Annual report of the Bengal Veterinary College and of the Civil Veterinary Department, Bengal, for the year 1912-1913 - 1912-1913
Year: 1912
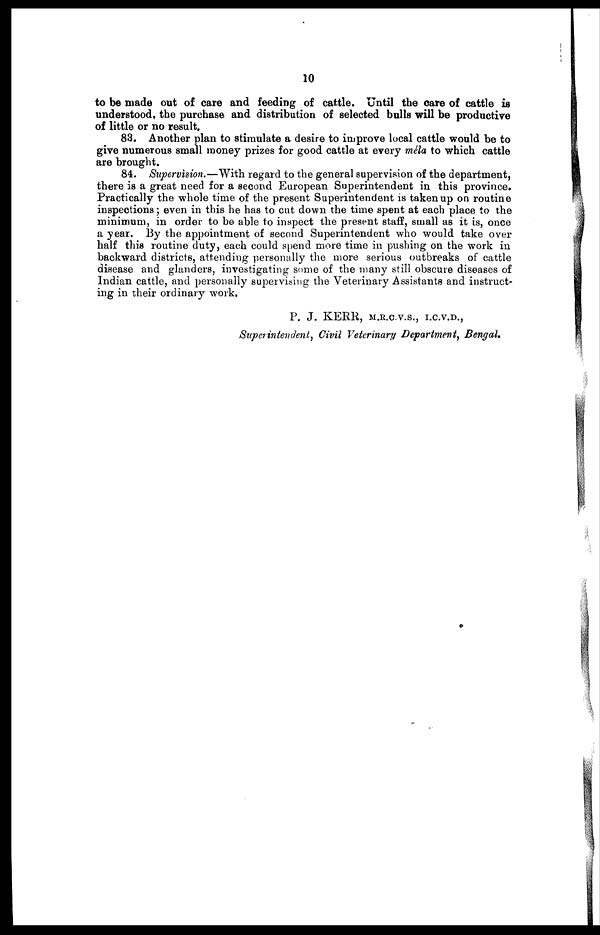
10
to be made out of care and feeding of cattle. Until the care of cattle is
understood, the purchase and distribution of selected bulls will be productive
of little or no result.
83. Another plan to stimulate a desire to improve local cattle would be to
give numerous small money prizes for good cattle at every méla to which cattle
are brought.
84. Supervision.—With regard to the general supervision of the department,
there is a great need for a second European Superintendent in this province.
Practically the whole time of the present Superintendent is taken up on routine
inspections; even in this he has to cut down the time spent at each place to the
minimum, in order to be able to inspect the present staff, small as it is, once
a year. By the appointment of second Superintendent who would take over
half this routine duty, each could spend more time in pushing on the work in
backward districts, attending personally the more serious outbreaks of cattle
disease and glanders, investigating some of the many still obscure diseases of
Indian cattle, and personally supervising the Veterinary Assistants and instruct-
ing in their ordinary work.
P. J. KERR, M.R.C.V.S., I.C.V.D.,
Superintendent, Civil Veterinary Department, Bengal.